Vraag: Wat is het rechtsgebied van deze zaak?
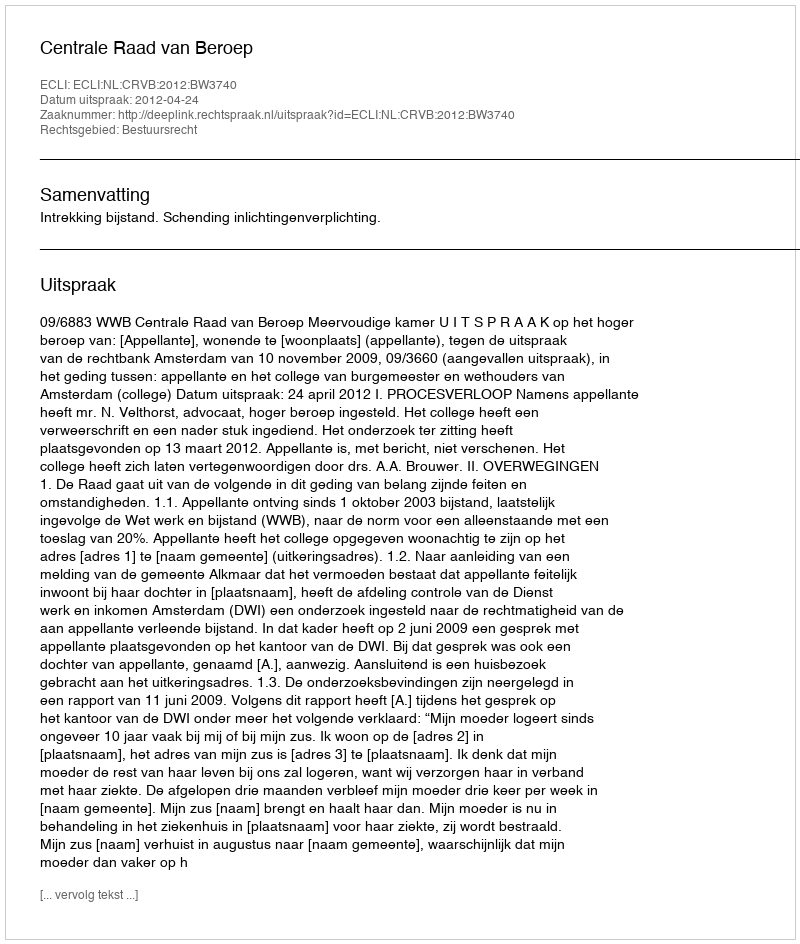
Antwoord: Bestuursrecht